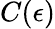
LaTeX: C(\epsilon)